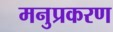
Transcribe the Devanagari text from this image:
मनुप्रकरण